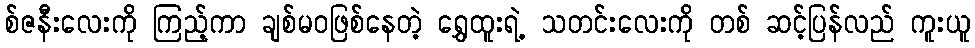
စ်ဇနီးလေးကို ကြည့်ကာ ချစ်မဝဖြစ်နေတဲ့ ရွှေထူးရဲ့ သတင်းလေးကို တစ် ဆင့်ပြန်လည် ကူးယူ